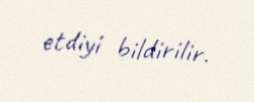
etdiyi bildirilir.